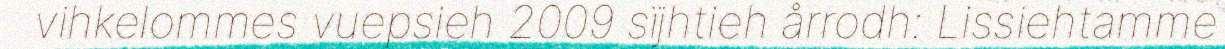
vihkelommes vuepsieh 2009 sïjhtieh årrodh: Lissiehtamme